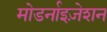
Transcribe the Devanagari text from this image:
मोडर्नाइज़ेशन